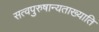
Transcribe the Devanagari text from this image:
सत्वपुरुषान्यताख्याति